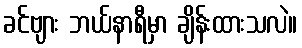
ခင်ဗျား ဘယ်နာရီမှာ ချိန်းထားသလဲ။